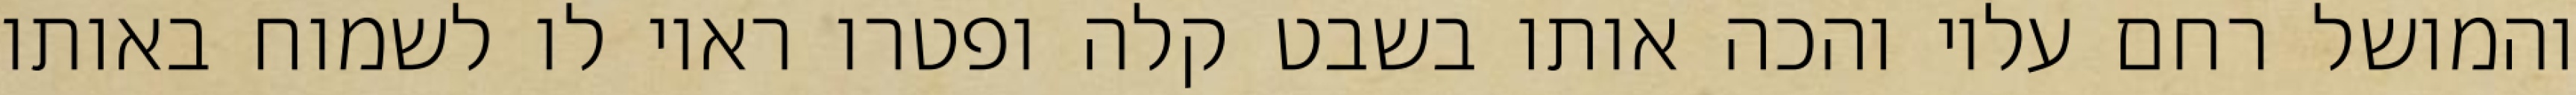
והמושל רחם עליו והכה אותו בשבט קלה ופטרו ראוי לו לשמוח באותו